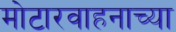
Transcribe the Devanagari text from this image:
मोटारवाहनाच्या